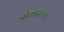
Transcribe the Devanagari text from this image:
ओंकाररूपी